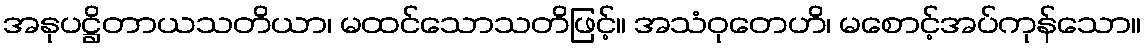
အနုပဋ္ဌိတာယသတိယာ၊ မထင်သောသတိဖြင့်။ အသံဝုတေဟိ၊ မစောင့်အပ်ကုန်သော။